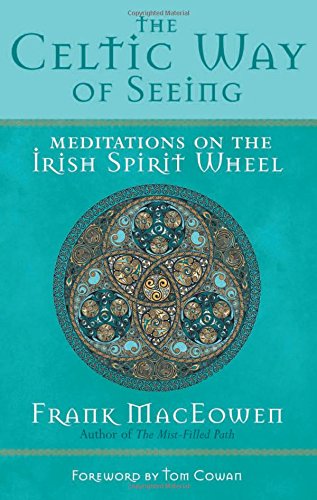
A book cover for The Celtic Way of Seeing: Meditations on the Irish Spirit Wheel; M.A. Frank MacEowen; Religion & Spirituality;